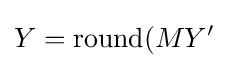
Y={\mbox{round}}(MY'